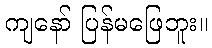
ကျနော် ပြန်မဖြေဘူး။